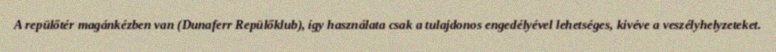
A repülőtér magánkézben van (Dunaferr Repülőklub), így használata csak a tulajdonos engedélyével lehetséges, kivéve a veszélyhelyzeteket.